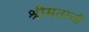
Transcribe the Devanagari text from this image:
श्रीमंताची